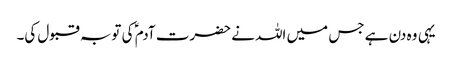
یہی وہ دن ہے جس میں اللہ نے حضرت آدم ؑ کی توبہ قبول کی۔